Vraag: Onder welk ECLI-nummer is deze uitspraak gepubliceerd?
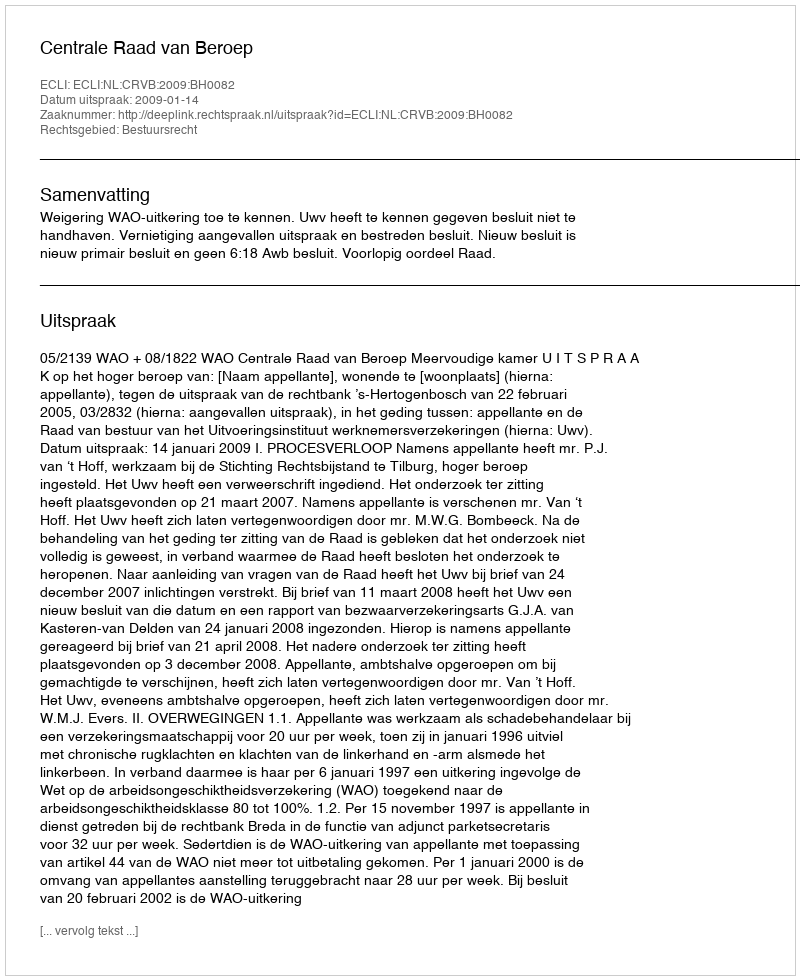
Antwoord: ECLI:NL:CRVB:2009:BH0082